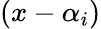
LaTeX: (x-\alpha_{i})